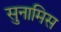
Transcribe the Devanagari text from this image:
सुनामिस